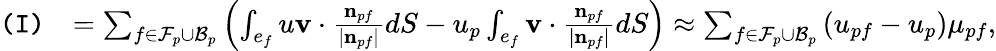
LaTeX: \begin{array}{rl}{\texttt{(I)}}&{=\sum_{f\in\mathcal{F}_{p}\cup\mathcal{B}_{p}}\left(\int_{e_{f}}u\mathbf{v}\cdot\frac{\mathbf{n}_{pf}}{|\mathbf{n}_{pf}|}dS-u_{p}\int_{e_{f}}\mathbf{v}\cdot\frac{\mathbf{n}_{pf}}{|\mathbf{n}_{pf}|}dS\right)\approx\sum_{f\in\mathcal{F}_{p}\cup\mathcal{B}_{p}}\left(u_{pf}-u_{p}\right)\mu_{pf},}\end{array}